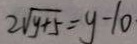
2 \sqrt { y + 5 } = y - 1 0